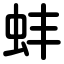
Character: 蚌